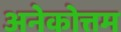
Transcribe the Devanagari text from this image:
अनेकोत्तम